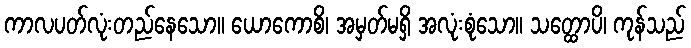
ကာလပတ်လုံးတည်နေသော။ ယောကောစိ၊ အမှတ်မရှိ အလုံးစုံသော။ သတ္ထောပိ၊ ကုန်သည်